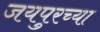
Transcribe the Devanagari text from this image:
जयपुरच्या